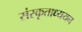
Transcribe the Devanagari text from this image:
संस्कृताध्ययन